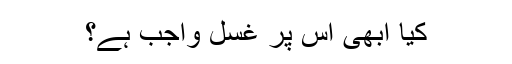
کیا ابھی اس پر غسل واجب ہے؟